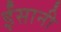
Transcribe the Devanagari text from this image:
ईंसानी